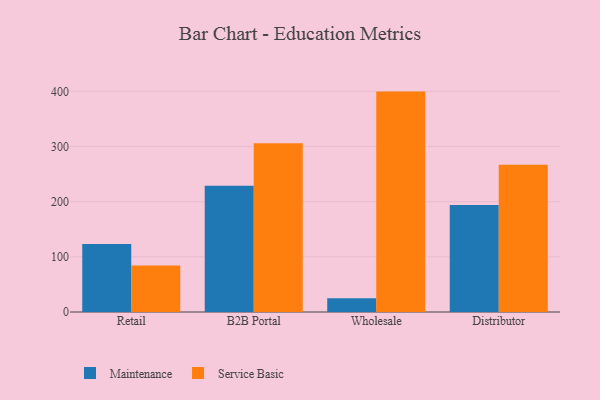
{"axis": {"x": "Channel", "y": "Humidity (%)"}, "legend": ["Maintenance", "Service Basic"], "data": [{"x": "Retail", "y": 123.3, "type": "Maintenance"}, {"x": "Retail", "y": 84.1, "type": "Service Basic"}, {"x": "B2B Portal", "y": 229.0, "type": "Maintenance"}, {"x": "B2B Portal", "y": 305.9, "type": "Service Basic"}, {"x": "Wholesale", "y": 24.8, "type": "Maintenance"}, {"x": "Wholesale", "y": 399.6, "type": "Service Basic"}, {"x": "Distributor", "y": 194.1, "type": "Maintenance"}, {"x": "Distributor", "y": 267.1, "type": "Service Basic"}]}